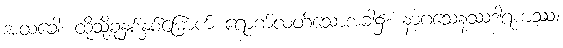
အထခေါ၊ ထိုသို့ခုနှစ်နှစ်မြောက် ရောက်လတ်သောအခါ၌။ နာဂသေနဿဒါရကဿ၊